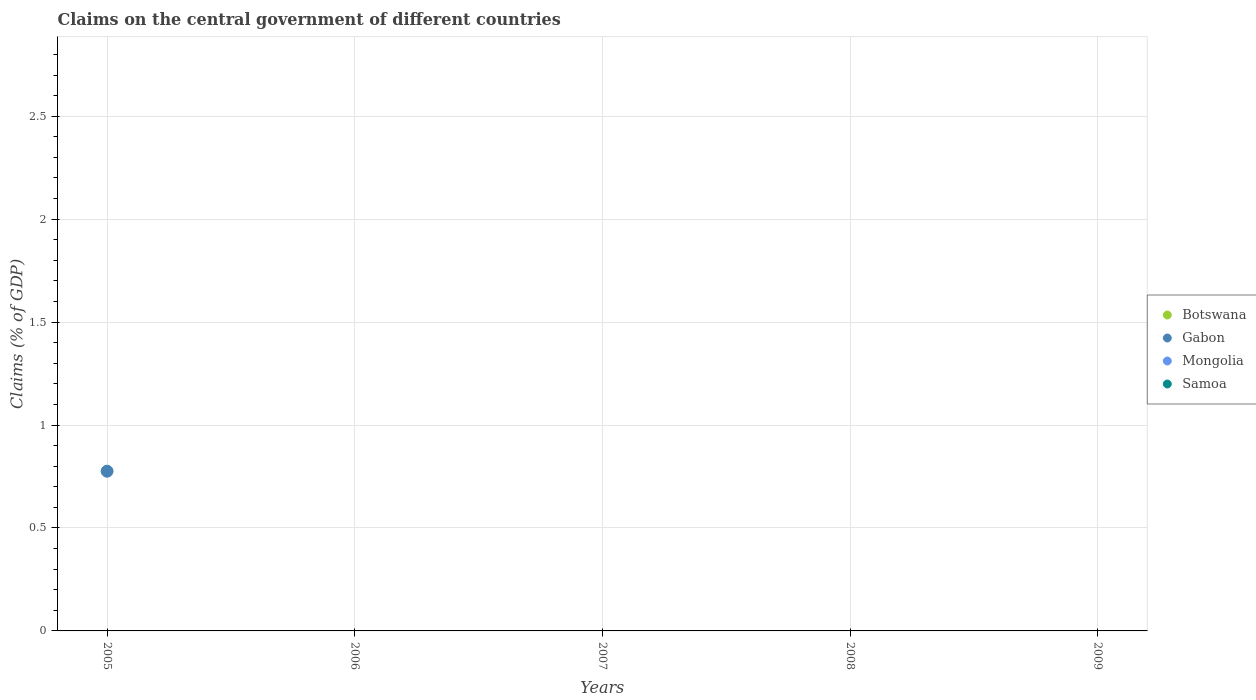
| Years | Botswana | Gabon | Mongolia | Samoa |
 | --- | --- | --- | --- | --- |
 | 2005 | -25.9 | 0.776 | -2.04 | -4.33 |
 | 2006 | -35.9 | -1.34 | -11.1 | -3.74 |
 | 2007 | -41.4 | -8.22 | -14 | -1.79 |
 | 2008 | -39.8 | -2.89 | -8.74 | -2.25 |
 | 2009 | -30.5 | -2.65 | -10.9 | -4.17 |